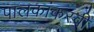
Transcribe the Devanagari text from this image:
पालकांकरवी